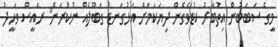
މީގެ ސަބަބުން އިތުބާރު ކުޑަވެގެން ދިޔަކަމަށް އަޅުގަނޑު ގަބޫލެއް ނުކުރަން" ރައީސް ވަހީދު